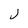
Character: J